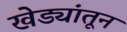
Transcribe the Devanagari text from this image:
खेड्यांतून